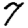
Digit: 7